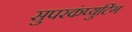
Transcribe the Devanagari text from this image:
सुपरकंप्युटिंग